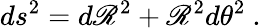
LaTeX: ds^{2}=d\mathscr{R}^{2}+\mathscr{R}^{2}d\theta^{2}\ .